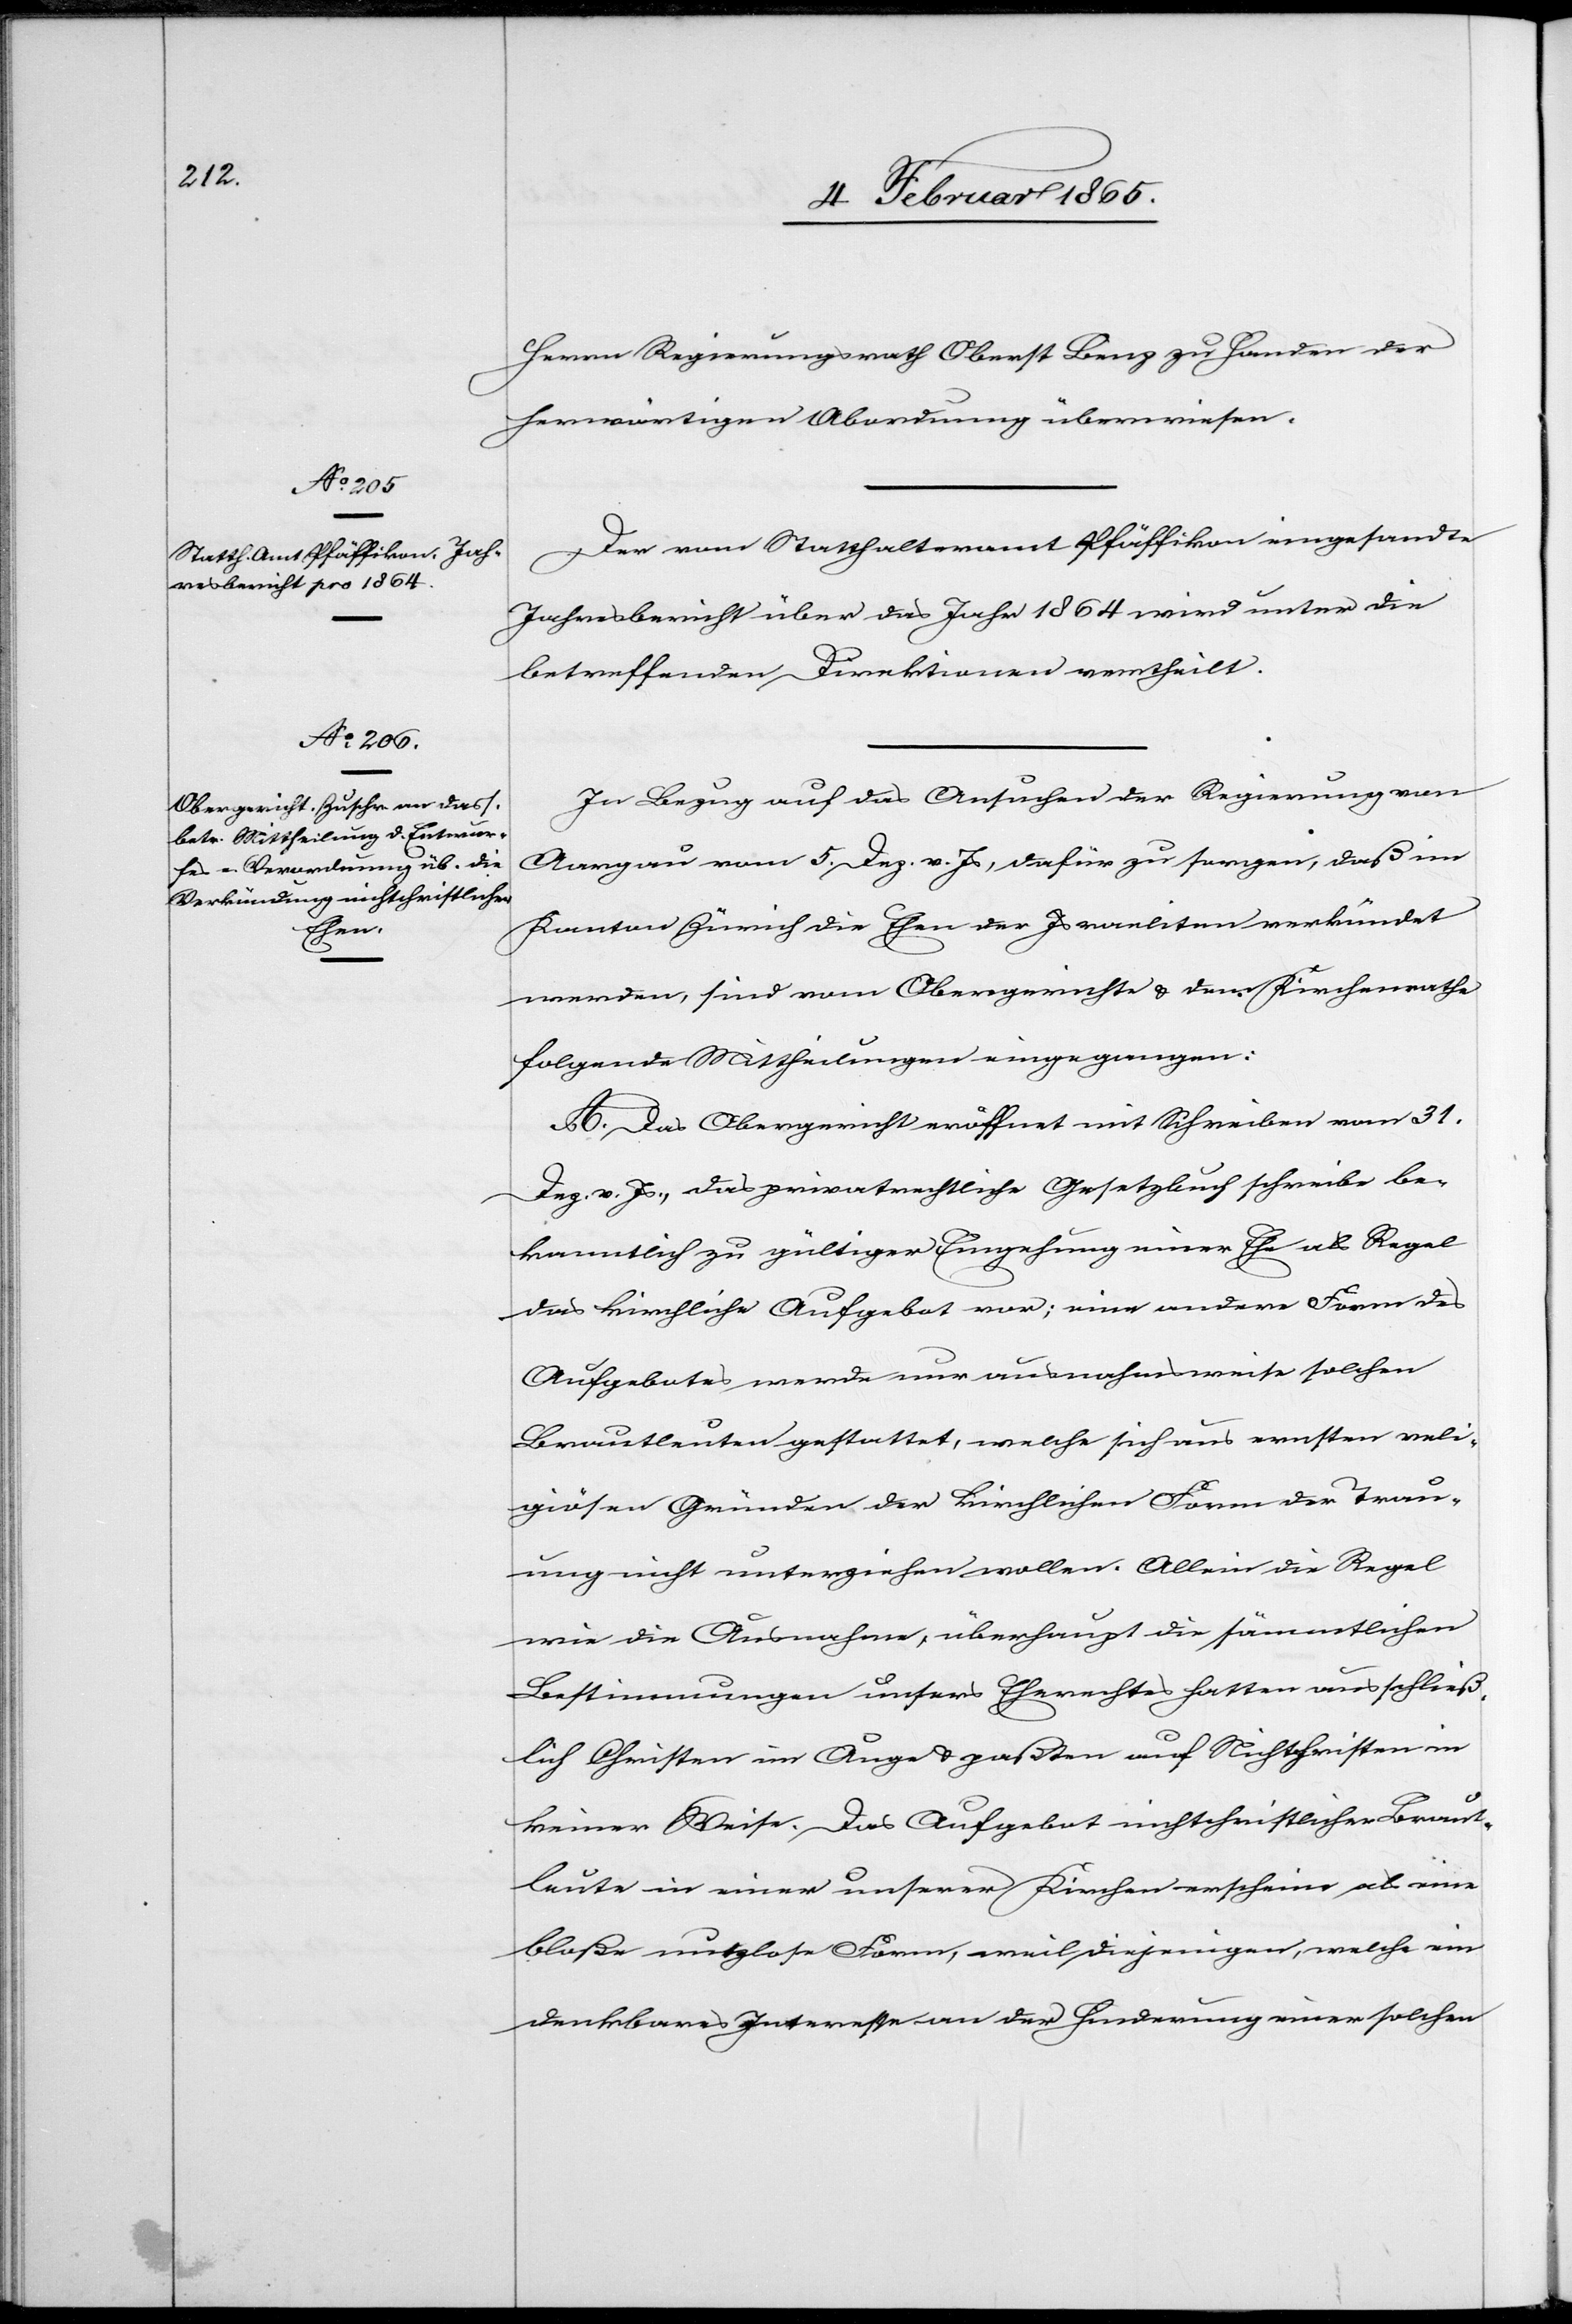
Herrn Regierungsrath Oberst Benz zu Handen der
herwärtigen Abordnung überwiesen.
Der vom Statthalteramt Pfäffikon eingesandte
Jahresbericht über das Jahr 1864 wird unter die
betreffenden Direktionen vertheilt.
In Bezug auf das Ansuchen der Regierung von
Aargau vom 5. Dez. v. Js, dafür zu sorgen, daß im
Kanton Zürich die Ehen der Israeliten verkündet
werden, sind vom Obergerichte u. dem Kirchenrathe
folgende Mittheilungen eingegangen:
A. Das Obergericht eröffnet mit Schreiben vom 31.
Dez. v. Js., das privatrechtliche Gesetzbuch schreibe be¬
kanntlich zu gültiger Eingehung einer Ehe als Regel
das kirchliche Aufgebot vor; eine andere Form des
Aufgebotes werde nur ausnahmsweise solchen
Brautleuten gestattet, welche sich aus ernsten reli¬
giösen Gründen der kirchlichen Form der Trau¬
ung nicht unterziehen wollen. Allein die Regel
wie die Ausnahme, überhaupt die sämmtlichen
Bestimmungen unsers Eherechts hatten ausschließ¬
lich Christen im Auge u. paßten auf Nichtchristen in
keiner Weise. Das Aufgebot nichtchristlicher Braut¬
leute in einer unserer Kirchen erscheine als eine
bloße nutzlose Form, weil diejenigen, welche ein
denkbares Interesse an der Hinderung einer solchen